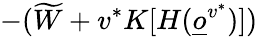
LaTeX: -(\widetilde W+v^{*}K[H(\underline{o}^{v^{*}})])